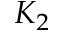
K _ { 2 }